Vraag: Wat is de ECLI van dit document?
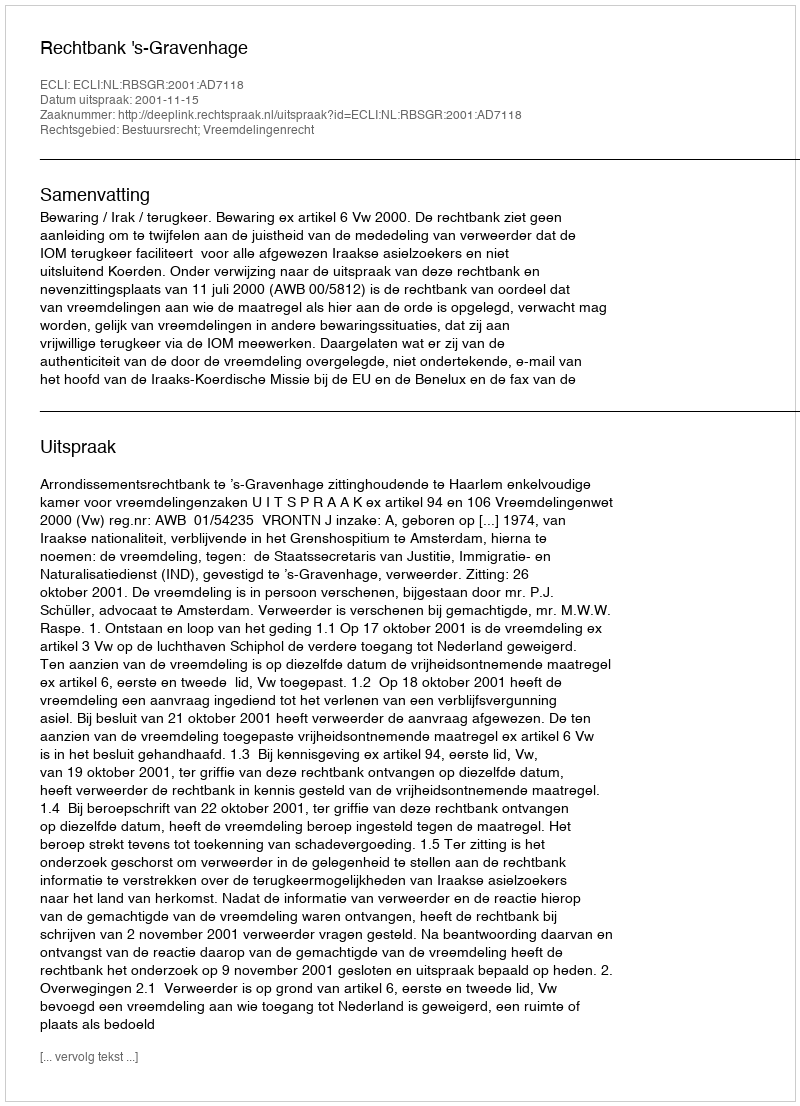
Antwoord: ECLI:NL:RBSGR:2001:AD7118